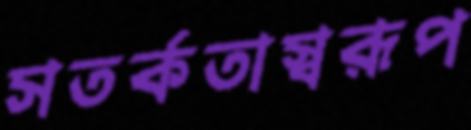
সতর্কতাস্বরূপ